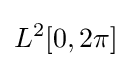
L^{2}[0,2\pi ]